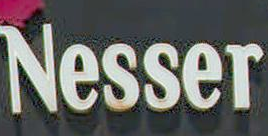
Nesser